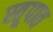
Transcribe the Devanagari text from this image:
स्तूपात